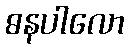
ဓနပါလော